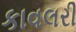
કાવલરી